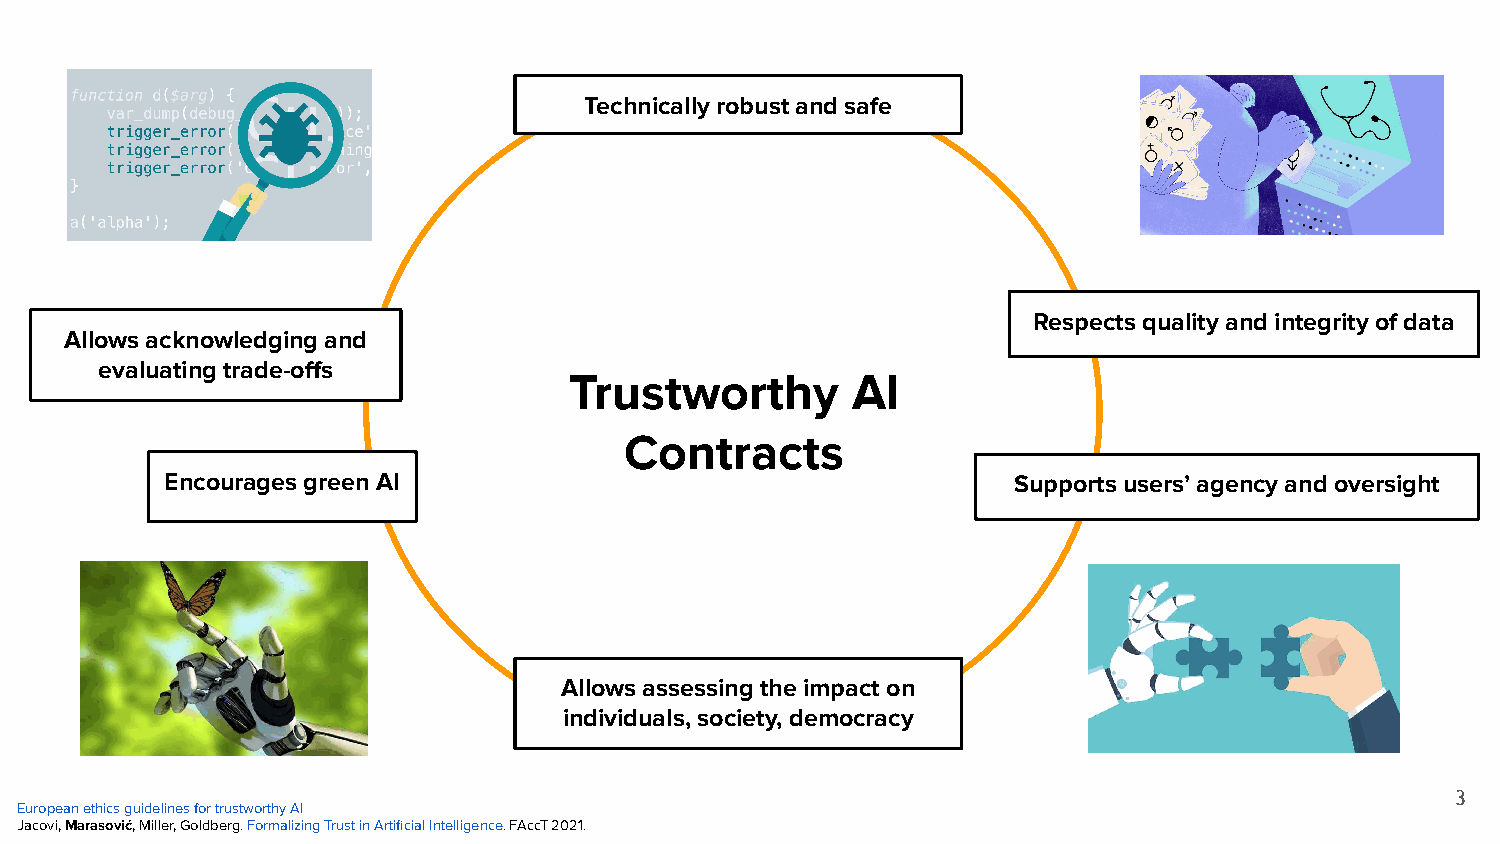
Technically robust and safe
 Respects quality and integrity of data
 Allows acknowledging and
 evaluating trade-offs
 Trustworthy       AI
 Contracts
 Encourages green AI                                     Supports users’ agency and oversight
 Allows assessing the impact on
 individuals, society, democracy
 3
 European ethics guidelines for trustworthy AI
 Jacovi, Marasović, Miller, Goldberg. Formalizing Trust in Artificial Intelligence. FAccT 2021.